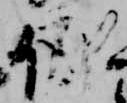
儀